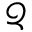
\mathcal { Q }